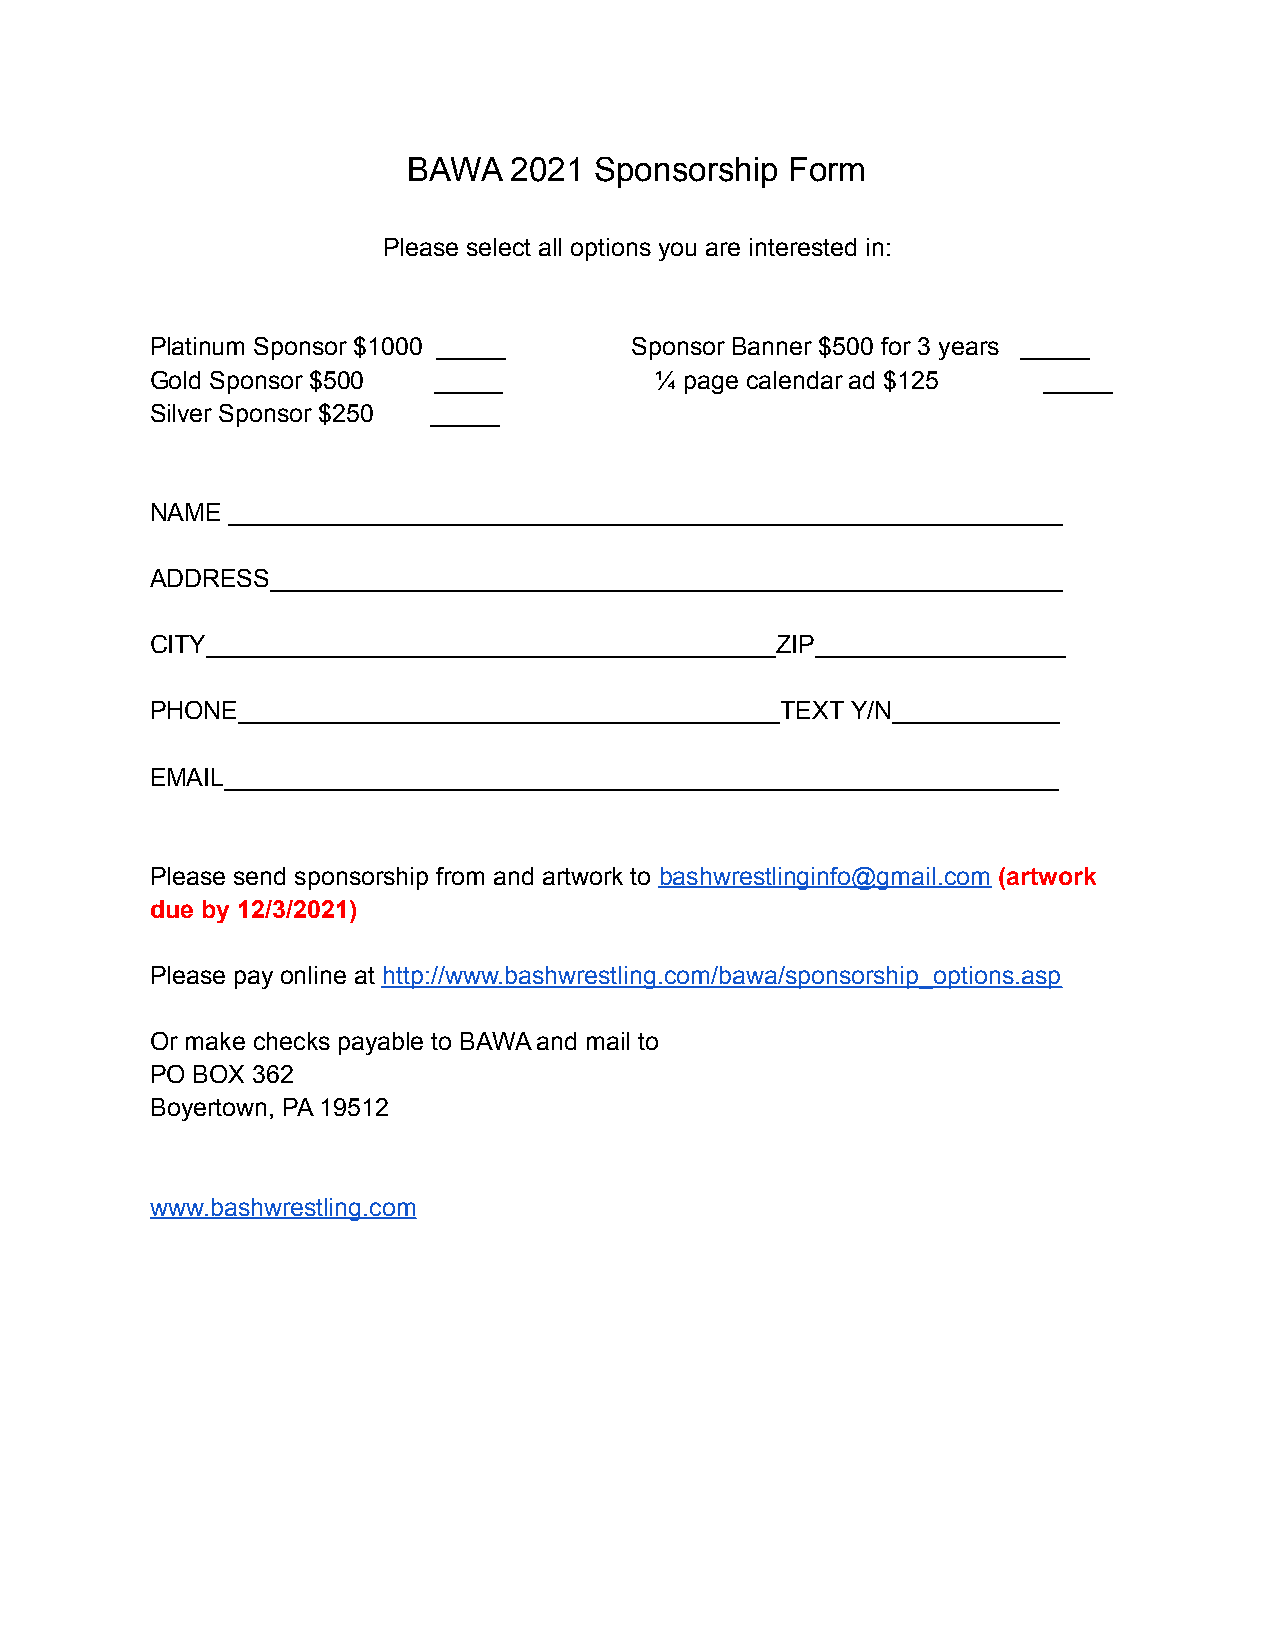
BAWA   2021 Sponsorship  Form
 Please select all options you are interested in:
 Platinum Sponsor $1000 _____    Sponsor Banner $500 for 3 years _____
 Gold Sponsor $500  _____          ¼ page calendar ad $125  _____
 Silver Sponsor $250 _____
 NAME ____________________________________________________________
 ADDRESS_________________________________________________________
 CITY_________________________________________ZIP__________________
 PHONE_______________________________________TEXT Y/N____________
 EMAIL____________________________________________________________
 Please send sponsorship from and artwork to bashwrestlinginfo@gmail.com (artwork
 due by 12/3/2021)
 Please pay online at http://www.bashwrestling.com/bawa/sponsorship_options.asp
 Or make checks payable to BAWA and mail to
 PO BOX 362
 Boyertown, PA 19512
 www.bashwrestling.com